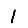
Digit: 1